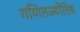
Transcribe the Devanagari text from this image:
गणितज्योतिष